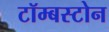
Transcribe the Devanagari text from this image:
टॉम्बस्टोन